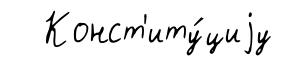
Конст'иту́циjу